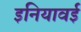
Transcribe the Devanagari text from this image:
इनियावई